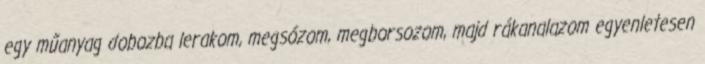
egy műanyag dobozba lerakom, megsózom, megborsozom, majd rákanalazom egyenletesen